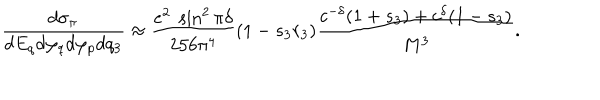
{ \frac { d \sigma _ { \pi } } { d E _ { q } d \varphi _ { q } d \varphi _ { p } d q _ { 3 } } } \approx { \frac { e ^ { 2 } \; \sin ^ { 2 } \pi \delta } { 2 5 6 \pi ^ { 4 } } } ( 1 - s _ { 3 } r _ { 3 } ) { \frac { c ^ { - \delta } ( 1 + s _ { 3 } ) + c ^ { \delta } ( 1 - s _ { 3 } ) } { M ^ { 3 } } } .